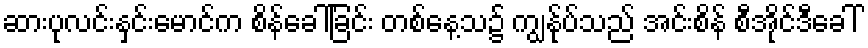
ဆားပုလင်းနှင်းမောင်က စိန်ခေါ်ခြင်း တစ်နေ့သ၌ ကျွန်ုပ်သည် အင်းစိန် စီအိုင်ဒီခေါ်